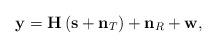
LaTeX: \begin{align*}\mathbf{y}=\mathbf{H}\left(\textbf{s}+\textbf{n}_{T}\right)+\textbf{n}_{R}+\textbf{w},\end{align*}